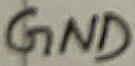
Text: GND